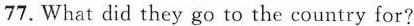
77. What did they go to the country for?